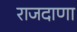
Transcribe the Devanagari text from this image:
राजदाणा